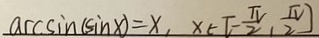
a c c \sin ( \sin x ) = x , x \in [ - \frac { \pi } { 2 } , \frac { \pi } { 2 } ]